Civil Veterinary Dept. Assam report 1927-50 - 1927-1950
Year: 1927
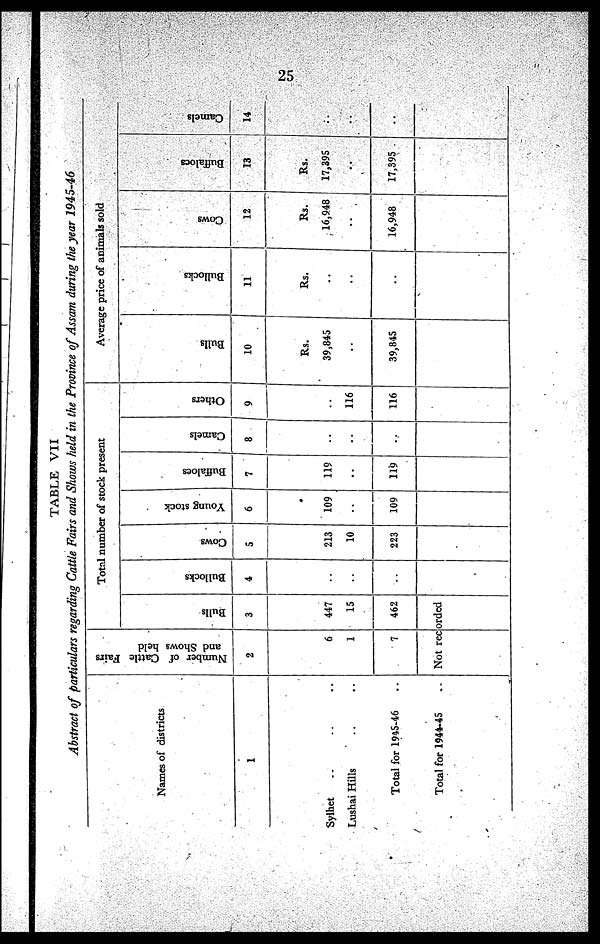
25
TABLE VII
Abstract of particulars regarding Cattle Fairs and Shows held in the Province of Assam during the year 1945-46
Names of districts
1
Sylhet .. .. ..
Lushai Hills .. ..
Total for 1945-46 ..
Total for 1944-45 ..
Number of Cattle Fairs
and Shows held
2
6
1
7
Total number of stock present
Bulls
3
447
15
462
Not recorded
Bullocks
4
..
..
..
Cows
5
213
10
223
Young stock
6
109
..
109
Buffaloes
7
119
..
119
Camels
8
..
..
..
Others
9
..
116
116
Average price of animals sold
Bulls
10
Rs.
39,845
..
39,845
Bullocks
11
Rs.
..
..
..
Cows
12
Rs.
16,948
..
16,948
Buffaloes
13
Rs.
17,395
..
17,395
Camels
14
..
..
..